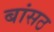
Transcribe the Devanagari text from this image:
बांसठ